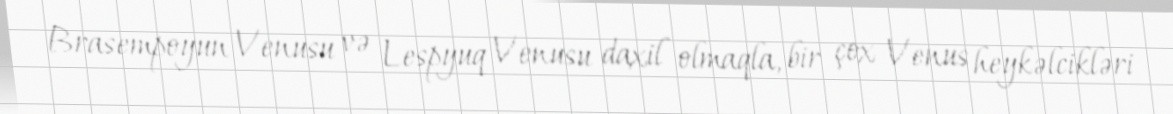
Brasempoyun Venusu və Lespyuq Venusu daxil olmaqla, bir çox Venus heykəlcikləri